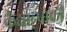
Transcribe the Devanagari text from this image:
कैद्यान्पाकी